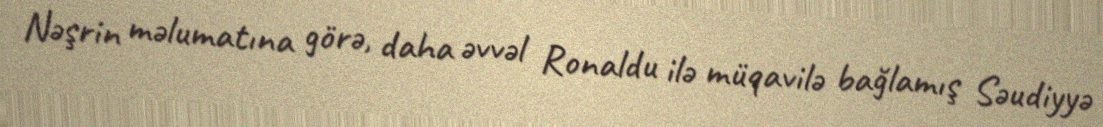
Nəşrin məlumatına görə, daha əvvəl Ronaldu ilə müqavilə bağlamış Səudiyyə